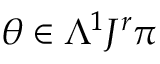
\theta \in \Lambda ^ { 1 } J ^ { r } \pi